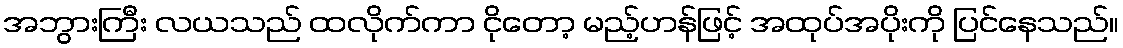
အဘွားကြီး လယသည် ထလိုက်ကာ ငိုတော့ မည့်ဟန်ဖြင့် အထုပ်အပိုးကို ပြင်နေသည်။